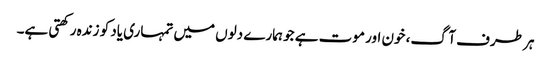
ہر طرف آگ، خون اور موت ہے جو ہمارے دلوں میں تمہاری یاد کو زندہ رکھتی ہے۔